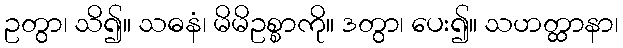
ဥတွာ၊ သိ၍။ သဓနံ၊ မိမိဥစ္စာကို။ ဒတွာ၊ ပေး၍။ သဟတ္ထာနာ၊